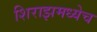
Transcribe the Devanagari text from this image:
शिराझमध्येच